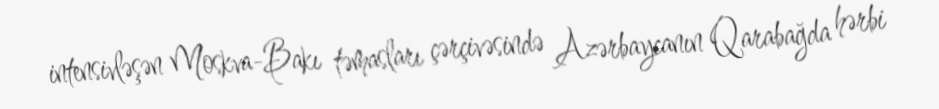
intensivləşən Moskva-Bakı təmasları çərçivəsində Azərbaycanın Qarabağda hərbi